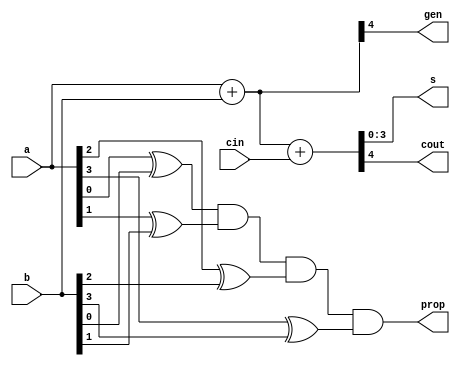
// Copyright {2011} {Jucemar Monteiro - jucemar.monteiro@gmail.com}
//
// Licensed under the Apache License, Version 2.0 (the "License");
// you may not use this file except in compliance with the License.
// You may obtain a copy of the License at

// http://www.apache.org/licenses/LICENSE-2.0

// Unless required by applicable law or agreed to in writing, software
// distributed under the License is distributed on an "AS IS" BASIS,
// WITHOUT WARRANTIES OR CONDITIONS OF ANY KIND, either express or implied.
// See the License for the specific language governing permissions and
// limitations under the License.
//
//-----------------------------------------------------
// Design Name : ref_adder
// Function    : reference adder to testbench
// Coder       : Jucemar Monteiro
//-----------------------------------------------------

module ref_adder (cin,a,b,s,cout,prop,gen);
	parameter n = 4;
	integer i;
	input  cin;
	input  [n-1:0] a, b;
	output   [n-1:0] s;
	output   cout,prop,gen;

	wire [n:0]temp,temp2;
	reg p;

	assign temp = a + b + cin;
	assign s = temp[n-1:0];
	assign cout = temp[n];
	assign temp2 = a + b;
	assign gen=temp2[n];
	assign prop=p;

	always @(cin or a or b) begin
		p=1'b1;
		for (i = 0; i < n; i = i +1) begin
   		  	p=p & (a[i] ^ b[i]);
   		end

	end



endmodule